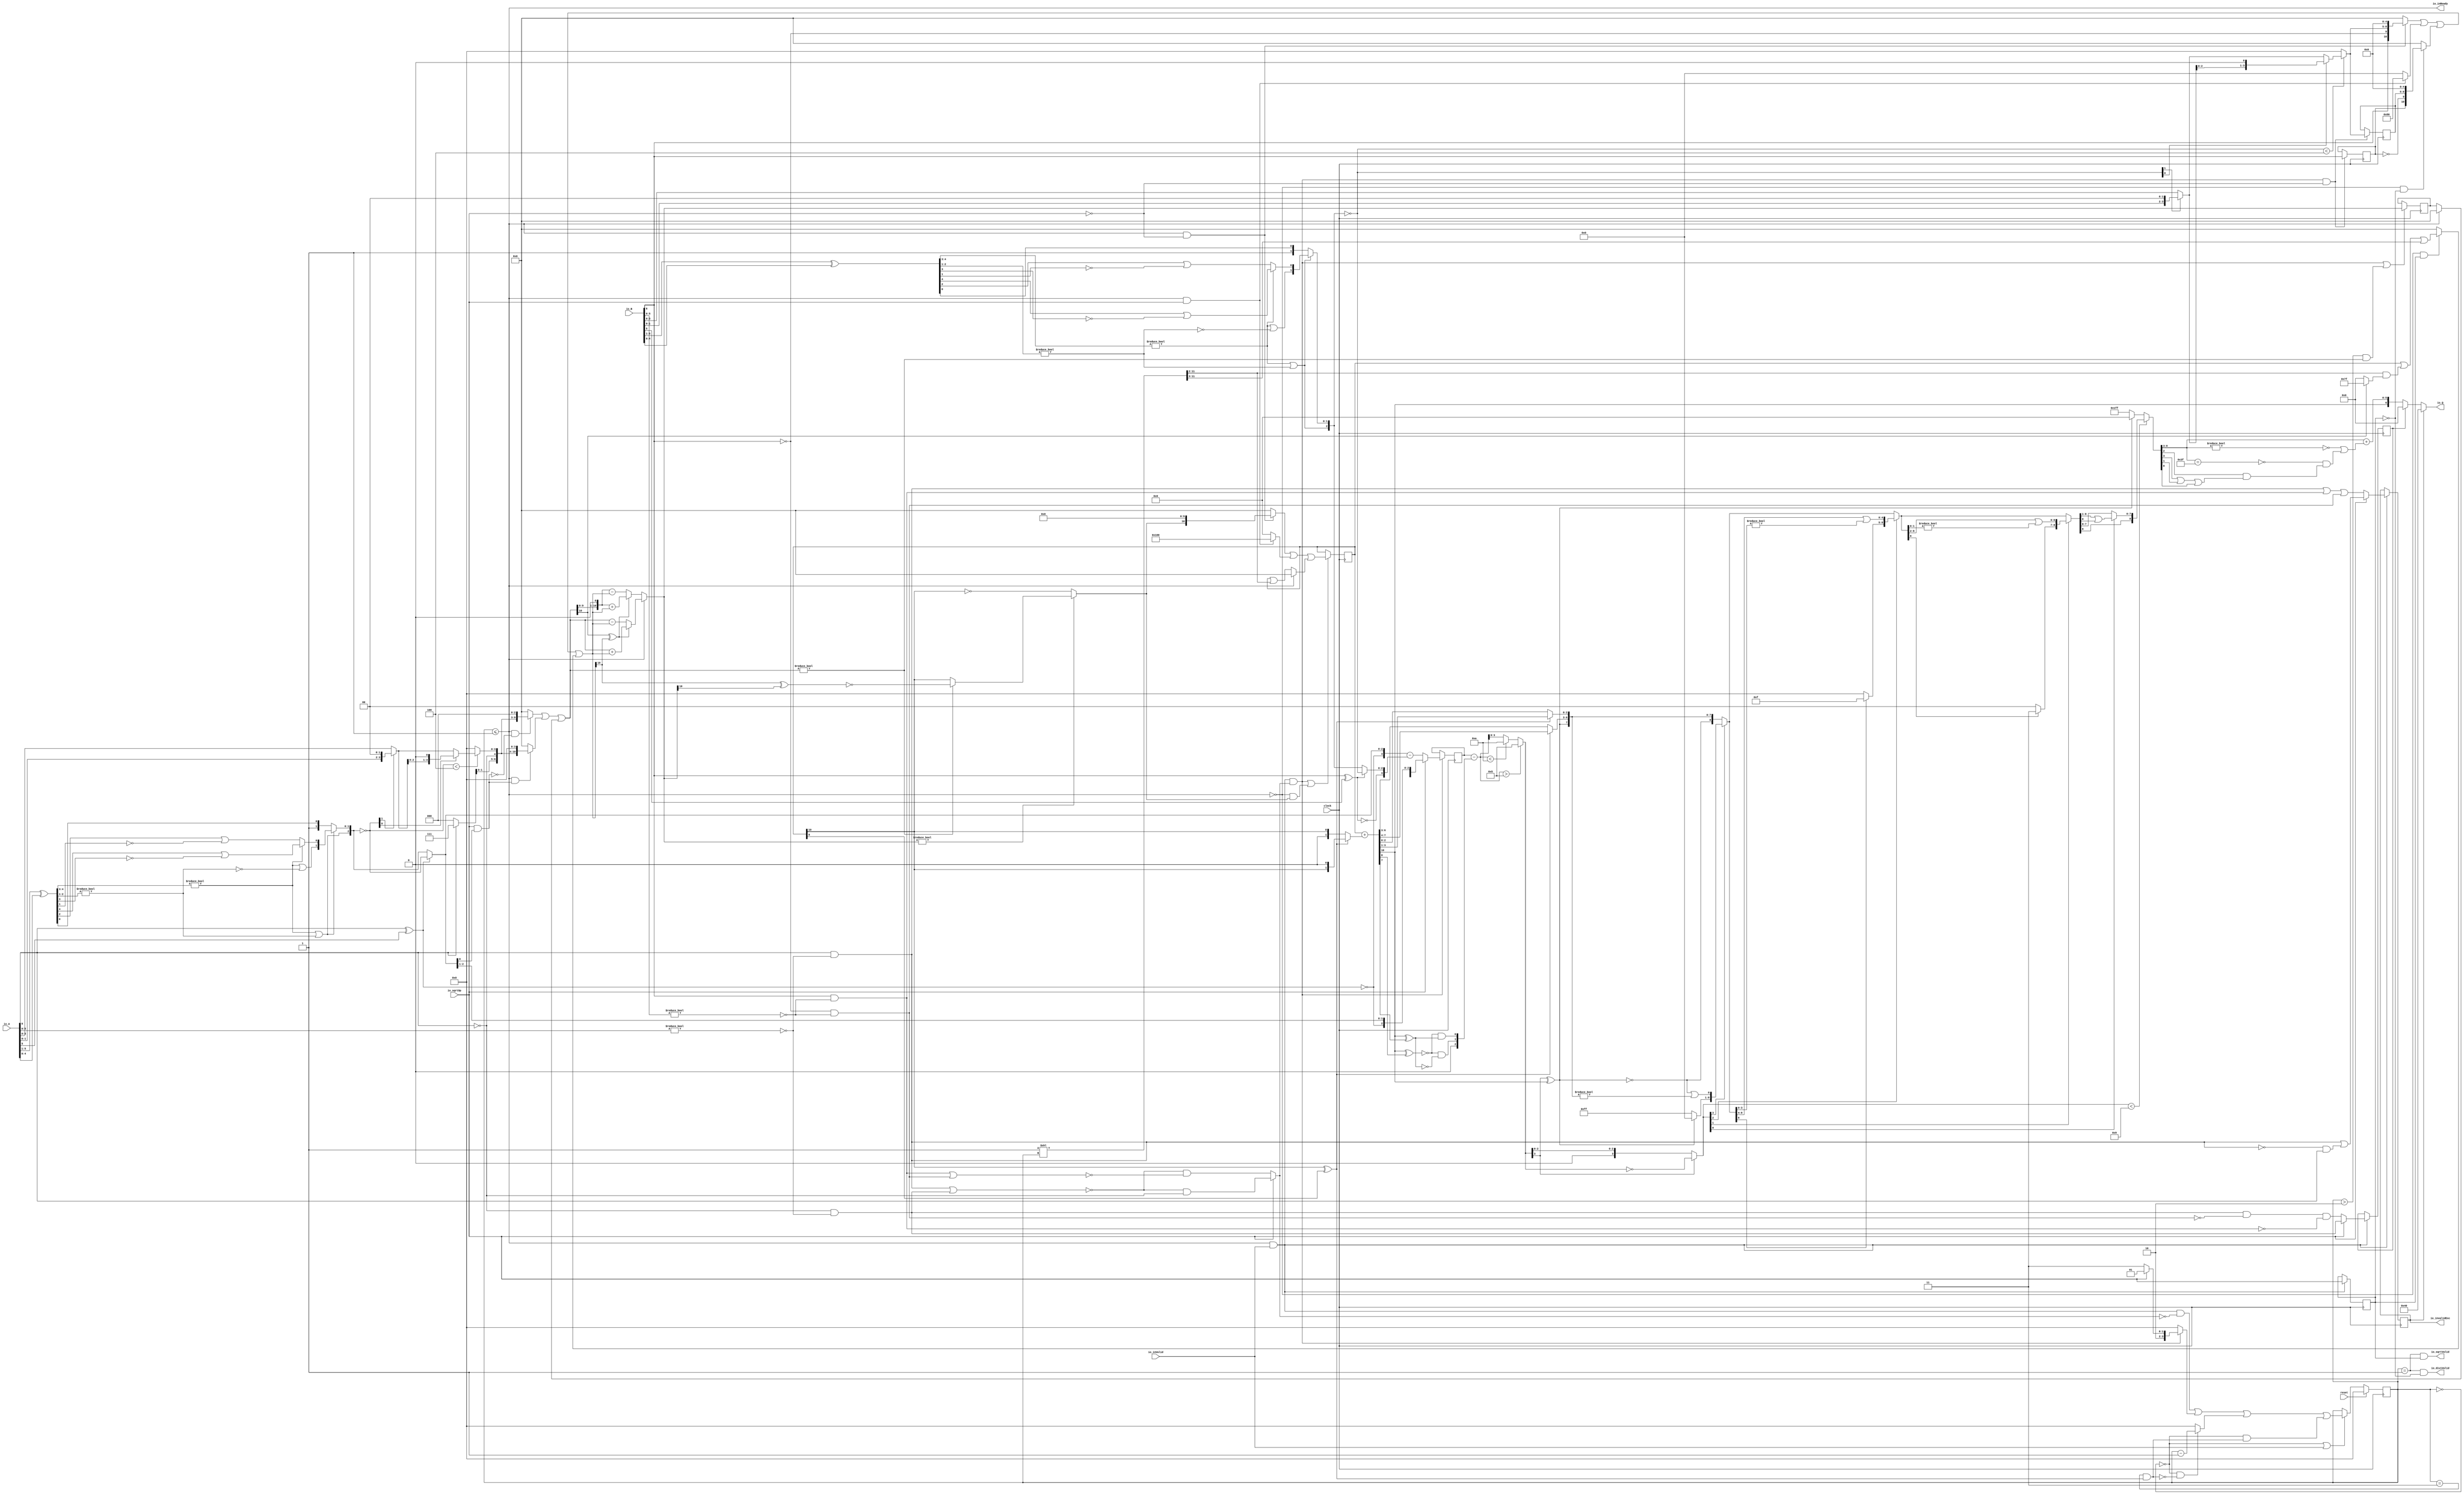
module PositDivSqrter7_0(
  input        clock,
  input        reset,
  output       io_inReady,
  input        io_inValid,
  input        io_sqrtOp,
  input  [6:0] io_A,
  input  [6:0] io_B,
  output       io_diviValid,
  output       io_sqrtValid,
  output       io_invalidExc,
  output [6:0] io_Q
);
  reg [3:0] cycleNum; // @[PositDivisionSqrt.scala 63:26]
  reg [31:0] _RAND_0;
  reg  sqrtOp_Z; // @[PositDivisionSqrt.scala 65:22]
  reg [31:0] _RAND_1;
  reg  isNaR_Z; // @[PositDivisionSqrt.scala 66:22]
  reg [31:0] _RAND_2;
  reg  isZero_Z; // @[PositDivisionSqrt.scala 67:22]
  reg [31:0] _RAND_3;
  reg [4:0] scale_Z; // @[PositDivisionSqrt.scala 68:22]
  reg [31:0] _RAND_4;
  reg  signB_Z; // @[PositDivisionSqrt.scala 69:28]
  reg [31:0] _RAND_5;
  reg [3:0] fractB_Z; // @[PositDivisionSqrt.scala 70:22]
  reg [31:0] _RAND_6;
  reg [10:0] rem_Z; // @[PositDivisionSqrt.scala 71:22]
  reg [31:0] _RAND_7;
  reg [10:0] sigX_Z; // @[PositDivisionSqrt.scala 72:22]
  reg [31:0] _RAND_8;
  wire  _T_1; // @[convert.scala 18:24]
  wire  _T_2; // @[convert.scala 18:40]
  wire  _T_3; // @[convert.scala 18:36]
  wire [4:0] _T_4; // @[convert.scala 19:24]
  wire [4:0] _T_5; // @[convert.scala 19:43]
  wire [4:0] _T_6; // @[convert.scala 19:39]
  wire [3:0] _T_7; // @[LZD.scala 43:32]
  wire [1:0] _T_8; // @[LZD.scala 43:32]
  wire  _T_9; // @[LZD.scala 39:14]
  wire  _T_10; // @[LZD.scala 39:21]
  wire  _T_11; // @[LZD.scala 39:30]
  wire  _T_12; // @[LZD.scala 39:27]
  wire  _T_13; // @[LZD.scala 39:25]
  wire [1:0] _T_14; // @[Cat.scala 29:58]
  wire [1:0] _T_15; // @[LZD.scala 44:32]
  wire  _T_16; // @[LZD.scala 39:14]
  wire  _T_17; // @[LZD.scala 39:21]
  wire  _T_18; // @[LZD.scala 39:30]
  wire  _T_19; // @[LZD.scala 39:27]
  wire  _T_20; // @[LZD.scala 39:25]
  wire [1:0] _T_21; // @[Cat.scala 29:58]
  wire  _T_22; // @[Shift.scala 12:21]
  wire  _T_23; // @[Shift.scala 12:21]
  wire  _T_24; // @[LZD.scala 49:16]
  wire  _T_25; // @[LZD.scala 49:27]
  wire  _T_26; // @[LZD.scala 49:25]
  wire  _T_27; // @[LZD.scala 49:47]
  wire  _T_28; // @[LZD.scala 49:59]
  wire  _T_29; // @[LZD.scala 49:35]
  wire [2:0] _T_31; // @[Cat.scala 29:58]
  wire  _T_32; // @[LZD.scala 44:32]
  wire  _T_34; // @[Shift.scala 12:21]
  wire [1:0] _T_36; // @[Cat.scala 29:58]
  wire [1:0] _T_37; // @[LZD.scala 55:32]
  wire [1:0] _T_38; // @[LZD.scala 55:20]
  wire [2:0] _T_39; // @[Cat.scala 29:58]
  wire [2:0] _T_40; // @[convert.scala 21:22]
  wire [3:0] _T_41; // @[convert.scala 22:36]
  wire  _T_42; // @[Shift.scala 16:24]
  wire [1:0] _T_43; // @[Shift.scala 17:37]
  wire  _T_44; // @[Shift.scala 12:21]
  wire [1:0] _T_45; // @[Shift.scala 64:52]
  wire [3:0] _T_47; // @[Cat.scala 29:58]
  wire [3:0] _T_48; // @[Shift.scala 64:27]
  wire  _T_49; // @[Shift.scala 66:70]
  wire [2:0] _T_51; // @[Shift.scala 64:52]
  wire [3:0] _T_52; // @[Cat.scala 29:58]
  wire [3:0] _T_53; // @[Shift.scala 64:27]
  wire [3:0] decA_fraction; // @[Shift.scala 16:10]
  wire  _T_57; // @[convert.scala 25:26]
  wire [2:0] _T_59; // @[convert.scala 25:42]
  wire [3:0] _T_60; // @[Cat.scala 29:58]
  wire [5:0] _T_62; // @[convert.scala 29:56]
  wire  _T_63; // @[convert.scala 29:60]
  wire  _T_64; // @[convert.scala 29:41]
  wire  decA_isNaR; // @[convert.scala 29:39]
  wire  _T_67; // @[convert.scala 30:19]
  wire  decA_isZero; // @[convert.scala 30:41]
  wire [3:0] decA_scale; // @[convert.scala 32:24]
  wire  _T_76; // @[convert.scala 18:24]
  wire  _T_77; // @[convert.scala 18:40]
  wire  _T_78; // @[convert.scala 18:36]
  wire [4:0] _T_79; // @[convert.scala 19:24]
  wire [4:0] _T_80; // @[convert.scala 19:43]
  wire [4:0] _T_81; // @[convert.scala 19:39]
  wire [3:0] _T_82; // @[LZD.scala 43:32]
  wire [1:0] _T_83; // @[LZD.scala 43:32]
  wire  _T_84; // @[LZD.scala 39:14]
  wire  _T_85; // @[LZD.scala 39:21]
  wire  _T_86; // @[LZD.scala 39:30]
  wire  _T_87; // @[LZD.scala 39:27]
  wire  _T_88; // @[LZD.scala 39:25]
  wire [1:0] _T_89; // @[Cat.scala 29:58]
  wire [1:0] _T_90; // @[LZD.scala 44:32]
  wire  _T_91; // @[LZD.scala 39:14]
  wire  _T_92; // @[LZD.scala 39:21]
  wire  _T_93; // @[LZD.scala 39:30]
  wire  _T_94; // @[LZD.scala 39:27]
  wire  _T_95; // @[LZD.scala 39:25]
  wire [1:0] _T_96; // @[Cat.scala 29:58]
  wire  _T_97; // @[Shift.scala 12:21]
  wire  _T_98; // @[Shift.scala 12:21]
  wire  _T_99; // @[LZD.scala 49:16]
  wire  _T_100; // @[LZD.scala 49:27]
  wire  _T_101; // @[LZD.scala 49:25]
  wire  _T_102; // @[LZD.scala 49:47]
  wire  _T_103; // @[LZD.scala 49:59]
  wire  _T_104; // @[LZD.scala 49:35]
  wire [2:0] _T_106; // @[Cat.scala 29:58]
  wire  _T_107; // @[LZD.scala 44:32]
  wire  _T_109; // @[Shift.scala 12:21]
  wire [1:0] _T_111; // @[Cat.scala 29:58]
  wire [1:0] _T_112; // @[LZD.scala 55:32]
  wire [1:0] _T_113; // @[LZD.scala 55:20]
  wire [2:0] _T_114; // @[Cat.scala 29:58]
  wire [2:0] _T_115; // @[convert.scala 21:22]
  wire [3:0] _T_116; // @[convert.scala 22:36]
  wire  _T_117; // @[Shift.scala 16:24]
  wire [1:0] _T_118; // @[Shift.scala 17:37]
  wire  _T_119; // @[Shift.scala 12:21]
  wire [1:0] _T_120; // @[Shift.scala 64:52]
  wire [3:0] _T_122; // @[Cat.scala 29:58]
  wire [3:0] _T_123; // @[Shift.scala 64:27]
  wire  _T_124; // @[Shift.scala 66:70]
  wire [2:0] _T_126; // @[Shift.scala 64:52]
  wire [3:0] _T_127; // @[Cat.scala 29:58]
  wire [3:0] _T_128; // @[Shift.scala 64:27]
  wire [3:0] decB_fraction; // @[Shift.scala 16:10]
  wire  _T_132; // @[convert.scala 25:26]
  wire [2:0] _T_134; // @[convert.scala 25:42]
  wire [3:0] _T_135; // @[Cat.scala 29:58]
  wire [5:0] _T_137; // @[convert.scala 29:56]
  wire  _T_138; // @[convert.scala 29:60]
  wire  _T_139; // @[convert.scala 29:41]
  wire  decB_isNaR; // @[convert.scala 29:39]
  wire  _T_142; // @[convert.scala 30:19]
  wire  decB_isZero; // @[convert.scala 30:41]
  wire [3:0] decB_scale; // @[convert.scala 32:24]
  wire [2:0] _T_151; // @[Bitwise.scala 71:12]
  wire  _T_152; // @[PositDivisionSqrt.scala 80:40]
  wire [10:0] sigA_S; // @[Cat.scala 29:58]
  wire  _T_155; // @[PositDivisionSqrt.scala 82:31]
  wire [10:0] sigB_S; // @[Cat.scala 29:58]
  wire  _T_158; // @[PositDivisionSqrt.scala 85:25]
  wire  invalidSqrt; // @[PositDivisionSqrt.scala 85:37]
  wire  _T_159; // @[PositDivisionSqrt.scala 88:42]
  wire  _T_160; // @[PositDivisionSqrt.scala 89:42]
  wire  _T_161; // @[PositDivisionSqrt.scala 89:56]
  wire  _T_162; // @[PositDivisionSqrt.scala 94:46]
  wire  _T_163; // @[PositDivisionSqrt.scala 94:43]
  wire  _T_164; // @[PositDivisionSqrt.scala 94:62]
  wire  _T_165; // @[PositDivisionSqrt.scala 94:59]
  wire  specialCaseA_S; // @[PositDivisionSqrt.scala 97:38]
  wire  specialCaseB_S; // @[PositDivisionSqrt.scala 98:38]
  wire  _T_166; // @[PositDivisionSqrt.scala 99:27]
  wire  _T_167; // @[PositDivisionSqrt.scala 99:46]
  wire  normalCase_S_div; // @[PositDivisionSqrt.scala 99:43]
  wire  normalCase_S_sqrt; // @[PositDivisionSqrt.scala 100:43]
  wire  normalCase_S; // @[PositDivisionSqrt.scala 101:30]
  wire [4:0] sExpQuot_S_div; // @[PositDivisionSqrt.scala 103:38]
  wire  _T_170; // @[PositDivisionSqrt.scala 104:50]
  wire  oddSqrt_S; // @[PositDivisionSqrt.scala 104:37]
  wire  idle; // @[PositDivisionSqrt.scala 109:39]
  wire  ready; // @[PositDivisionSqrt.scala 110:39]
  wire  entering; // @[PositDivisionSqrt.scala 111:35]
  wire  entering_normalCase; // @[PositDivisionSqrt.scala 112:38]
  wire  _T_171; // @[PositDivisionSqrt.scala 113:35]
  wire  _T_172; // @[PositDivisionSqrt.scala 113:58]
  wire  scaleNotChange; // @[PositDivisionSqrt.scala 113:50]
  wire  _T_173; // @[PositDivisionSqrt.scala 114:39]
  wire  skipCycle2; // @[PositDivisionSqrt.scala 114:48]
  wire  _T_174; // @[PositDivisionSqrt.scala 116:8]
  wire  _T_175; // @[PositDivisionSqrt.scala 116:14]
  wire  _T_176; // @[PositDivisionSqrt.scala 117:32]
  wire  _T_177; // @[PositDivisionSqrt.scala 117:30]
  wire [3:0] _T_179; // @[PositDivisionSqrt.scala 119:26]
  wire [3:0] _T_180; // @[PositDivisionSqrt.scala 118:20]
  wire [3:0] _GEN_9; // @[PositDivisionSqrt.scala 117:64]
  wire [3:0] _T_181; // @[PositDivisionSqrt.scala 117:64]
  wire  _T_183; // @[PositDivisionSqrt.scala 123:30]
  wire  _T_184; // @[PositDivisionSqrt.scala 123:27]
  wire [3:0] _T_186; // @[PositDivisionSqrt.scala 123:52]
  wire [3:0] _T_187; // @[PositDivisionSqrt.scala 123:20]
  wire [3:0] _T_188; // @[PositDivisionSqrt.scala 122:64]
  wire  _T_190; // @[PositDivisionSqrt.scala 124:27]
  wire [3:0] _GEN_10; // @[PositDivisionSqrt.scala 123:64]
  wire [3:0] _T_192; // @[PositDivisionSqrt.scala 123:64]
  wire [2:0] _T_193; // @[PositDivisionSqrt.scala 134:42]
  wire  _T_195; // @[PositDivisionSqrt.scala 137:31]
  wire  _T_196; // @[PositDivisionSqrt.scala 137:28]
  wire [15:0] _T_197; // @[PositDivisionSqrt.scala 146:22]
  wire [13:0] _T_198; // @[PositDivisionSqrt.scala 146:35]
  wire  _T_199; // @[PositDivisionSqrt.scala 148:26]
  wire  _T_200; // @[PositDivisionSqrt.scala 148:23]
  wire [10:0] _T_201; // @[PositDivisionSqrt.scala 148:16]
  wire  _T_202; // @[PositDivisionSqrt.scala 149:23]
  wire [11:0] _T_203; // @[PositDivisionSqrt.scala 149:46]
  wire [10:0] _T_204; // @[PositDivisionSqrt.scala 149:56]
  wire [10:0] _T_205; // @[PositDivisionSqrt.scala 149:16]
  wire [10:0] _T_206; // @[PositDivisionSqrt.scala 148:66]
  wire  _T_207; // @[PositDivisionSqrt.scala 150:17]
  wire [10:0] _T_208; // @[PositDivisionSqrt.scala 150:16]
  wire [10:0] rem; // @[PositDivisionSqrt.scala 149:66]
  wire  _T_210; // @[PositDivisionSqrt.scala 152:29]
  wire [10:0] _T_211; // @[PositDivisionSqrt.scala 152:22]
  wire  _T_212; // @[PositDivisionSqrt.scala 153:29]
  wire [7:0] _T_213; // @[PositDivisionSqrt.scala 153:22]
  wire [10:0] _GEN_11; // @[PositDivisionSqrt.scala 152:93]
  wire [10:0] _T_214; // @[PositDivisionSqrt.scala 152:93]
  wire  _T_216; // @[PositDivisionSqrt.scala 154:33]
  wire  _T_217; // @[PositDivisionSqrt.scala 154:30]
  wire  _T_218; // @[PositDivisionSqrt.scala 154:57]
  wire [10:0] _T_221; // @[Cat.scala 29:58]
  wire [10:0] _T_222; // @[PositDivisionSqrt.scala 154:22]
  wire [10:0] _T_223; // @[PositDivisionSqrt.scala 153:93]
  wire  _T_225; // @[PositDivisionSqrt.scala 155:30]
  wire  _T_226; // @[PositDivisionSqrt.scala 156:83]
  wire [6:0] _T_228; // @[Bitwise.scala 71:12]
  wire [9:0] bitMask; // @[PositDivisionSqrt.scala 145:21 PositDivisionSqrt.scala 146:14]
  wire [9:0] _GEN_12; // @[PositDivisionSqrt.scala 156:53]
  wire [9:0] _T_229; // @[PositDivisionSqrt.scala 156:53]
  wire [10:0] _GEN_13; // @[PositDivisionSqrt.scala 155:51]
  wire [10:0] _T_230; // @[PositDivisionSqrt.scala 155:51]
  wire [8:0] _T_231; // @[PositDivisionSqrt.scala 157:53]
  wire [10:0] _GEN_14; // @[PositDivisionSqrt.scala 156:89]
  wire [10:0] _T_232; // @[PositDivisionSqrt.scala 156:89]
  wire [10:0] _T_233; // @[PositDivisionSqrt.scala 155:22]
  wire [10:0] trialTerm; // @[PositDivisionSqrt.scala 154:93]
  wire  _T_235; // @[PositDivisionSqrt.scala 162:56]
  wire  _T_236; // @[PositDivisionSqrt.scala 162:40]
  wire [10:0] _T_239; // @[PositDivisionSqrt.scala 163:97]
  wire [10:0] _T_241; // @[PositDivisionSqrt.scala 164:97]
  wire [10:0] _T_242; // @[PositDivisionSqrt.scala 161:92]
  wire [11:0] _T_247; // @[PositDivisionSqrt.scala 168:98]
  wire [10:0] _T_248; // @[PositDivisionSqrt.scala 168:108]
  wire [10:0] _T_250; // @[PositDivisionSqrt.scala 168:112]
  wire [10:0] _T_254; // @[PositDivisionSqrt.scala 169:112]
  wire [10:0] _T_255; // @[PositDivisionSqrt.scala 166:26]
  wire [10:0] trialRem; // @[PositDivisionSqrt.scala 159:27]
  wire  _T_256; // @[PositDivisionSqrt.scala 173:35]
  wire  trIsZero; // @[PositDivisionSqrt.scala 173:25]
  wire  _T_257; // @[PositDivisionSqrt.scala 174:30]
  wire  remIsZero; // @[PositDivisionSqrt.scala 174:25]
  wire  _T_259; // @[PositDivisionSqrt.scala 176:64]
  wire  _T_260; // @[PositDivisionSqrt.scala 176:49]
  wire  _T_261; // @[PositDivisionSqrt.scala 176:29]
  wire  _T_262; // @[PositDivisionSqrt.scala 178:61]
  wire  _T_263; // @[PositDivisionSqrt.scala 178:49]
  wire  _T_265; // @[Mux.scala 87:16]
  wire  newBit; // @[Mux.scala 87:16]
  wire  _T_266; // @[PositDivisionSqrt.scala 183:41]
  wire  _T_267; // @[PositDivisionSqrt.scala 183:51]
  wire  _T_268; // @[PositDivisionSqrt.scala 183:48]
  wire  _T_269; // @[PositDivisionSqrt.scala 183:28]
  wire  _T_272; // @[PositDivisionSqrt.scala 187:39]
  wire  _T_273; // @[PositDivisionSqrt.scala 187:28]
  wire [10:0] _T_276; // @[PositDivisionSqrt.scala 188:47]
  wire [10:0] _T_277; // @[PositDivisionSqrt.scala 188:18]
  wire [8:0] _T_279; // @[PositDivisionSqrt.scala 189:18]
  wire [10:0] _GEN_15; // @[PositDivisionSqrt.scala 188:78]
  wire [10:0] _T_280; // @[PositDivisionSqrt.scala 188:78]
  wire [10:0] _GEN_16; // @[PositDivisionSqrt.scala 190:47]
  wire [10:0] _T_282; // @[PositDivisionSqrt.scala 190:47]
  wire [10:0] _T_283; // @[PositDivisionSqrt.scala 190:18]
  wire [10:0] _T_284; // @[PositDivisionSqrt.scala 189:78]
  wire [1:0] _T_286; // @[PositDivisionSqrt.scala 196:53]
  wire [1:0] sigXBias; // @[PositDivisionSqrt.scala 196:21]
  wire [10:0] _GEN_17; // @[PositDivisionSqrt.scala 197:25]
  wire [10:0] realSigX; // @[PositDivisionSqrt.scala 197:25]
  wire [3:0] _T_289; // @[PositDivisionSqrt.scala 200:97]
  wire [3:0] _T_290; // @[PositDivisionSqrt.scala 201:97]
  wire [3:0] realFrac; // @[PositDivisionSqrt.scala 198:21]
  wire  _T_291; // @[PositDivisionSqrt.scala 205:33]
  wire  _T_292; // @[PositDivisionSqrt.scala 205:58]
  wire  _T_293; // @[PositDivisionSqrt.scala 205:48]
  wire  scaleNeedSub; // @[PositDivisionSqrt.scala 205:23]
  wire  _T_295; // @[PositDivisionSqrt.scala 206:56]
  wire  notNeedSubTwo; // @[PositDivisionSqrt.scala 206:46]
  wire  scaleSubOne; // @[PositDivisionSqrt.scala 207:36]
  wire  _T_296; // @[PositDivisionSqrt.scala 208:38]
  wire  scaleSubTwo; // @[PositDivisionSqrt.scala 208:36]
  wire [1:0] _T_297; // @[Cat.scala 29:58]
  wire [2:0] _T_298; // @[PositDivisionSqrt.scala 209:63]
  wire [4:0] _GEN_18; // @[PositDivisionSqrt.scala 209:31]
  wire [4:0] _T_300; // @[PositDivisionSqrt.scala 209:31]
  wire [4:0] realExp; // @[PositDivisionSqrt.scala 209:31]
  wire  underflow; // @[PositDivisionSqrt.scala 210:31]
  wire  overflow; // @[PositDivisionSqrt.scala 211:31]
  wire  decQ_sign; // @[PositDivisionSqrt.scala 215:33]
  wire [4:0] _T_302; // @[Mux.scala 87:16]
  wire [4:0] _T_303; // @[Mux.scala 87:16]
  wire [2:0] _T_304; // @[PositDivisionSqrt.scala 224:48]
  wire [2:0] _T_305; // @[PositDivisionSqrt.scala 224:64]
  wire [2:0] decQ_grs; // @[PositDivisionSqrt.scala 224:23]
  wire  outValid; // @[PositDivisionSqrt.scala 229:28]
  wire [3:0] _GEN_19; // @[PositDivisionSqrt.scala 204:27 PositDivisionSqrt.scala 216:23]
  wire [3:0] decQ_scale; // @[PositDivisionSqrt.scala 204:27 PositDivisionSqrt.scala 216:23]
  wire  _T_312; // @[convert.scala 49:36]
  wire [3:0] _T_314; // @[convert.scala 50:36]
  wire [3:0] _T_315; // @[convert.scala 50:36]
  wire [3:0] _T_316; // @[convert.scala 50:28]
  wire  _T_317; // @[convert.scala 51:31]
  wire  _T_318; // @[convert.scala 53:34]
  wire [8:0] _T_321; // @[Cat.scala 29:58]
  wire [3:0] _T_322; // @[Shift.scala 39:17]
  wire  _T_323; // @[Shift.scala 39:24]
  wire  _T_325; // @[Shift.scala 90:30]
  wire [7:0] _T_326; // @[Shift.scala 90:48]
  wire  _T_327; // @[Shift.scala 90:57]
  wire  _T_328; // @[Shift.scala 90:39]
  wire  _T_329; // @[Shift.scala 12:21]
  wire  _T_330; // @[Shift.scala 12:21]
  wire [7:0] _T_332; // @[Bitwise.scala 71:12]
  wire [8:0] _T_333; // @[Cat.scala 29:58]
  wire [8:0] _T_334; // @[Shift.scala 91:22]
  wire [2:0] _T_335; // @[Shift.scala 92:77]
  wire [4:0] _T_336; // @[Shift.scala 90:30]
  wire [3:0] _T_337; // @[Shift.scala 90:48]
  wire  _T_338; // @[Shift.scala 90:57]
  wire [4:0] _GEN_20; // @[Shift.scala 90:39]
  wire [4:0] _T_339; // @[Shift.scala 90:39]
  wire  _T_340; // @[Shift.scala 12:21]
  wire  _T_341; // @[Shift.scala 12:21]
  wire [3:0] _T_343; // @[Bitwise.scala 71:12]
  wire [8:0] _T_344; // @[Cat.scala 29:58]
  wire [8:0] _T_345; // @[Shift.scala 91:22]
  wire [1:0] _T_346; // @[Shift.scala 92:77]
  wire [6:0] _T_347; // @[Shift.scala 90:30]
  wire [1:0] _T_348; // @[Shift.scala 90:48]
  wire  _T_349; // @[Shift.scala 90:57]
  wire [6:0] _GEN_21; // @[Shift.scala 90:39]
  wire [6:0] _T_350; // @[Shift.scala 90:39]
  wire  _T_351; // @[Shift.scala 12:21]
  wire  _T_352; // @[Shift.scala 12:21]
  wire [1:0] _T_354; // @[Bitwise.scala 71:12]
  wire [8:0] _T_355; // @[Cat.scala 29:58]
  wire [8:0] _T_356; // @[Shift.scala 91:22]
  wire  _T_357; // @[Shift.scala 92:77]
  wire [7:0] _T_358; // @[Shift.scala 90:30]
  wire  _T_359; // @[Shift.scala 90:48]
  wire [7:0] _GEN_22; // @[Shift.scala 90:39]
  wire [7:0] _T_361; // @[Shift.scala 90:39]
  wire  _T_363; // @[Shift.scala 12:21]
  wire [8:0] _T_364; // @[Cat.scala 29:58]
  wire [8:0] _T_365; // @[Shift.scala 91:22]
  wire [8:0] _T_368; // @[Bitwise.scala 71:12]
  wire [8:0] _T_369; // @[Shift.scala 39:10]
  wire  _T_370; // @[convert.scala 55:31]
  wire  _T_371; // @[convert.scala 56:31]
  wire  _T_372; // @[convert.scala 57:31]
  wire  _T_373; // @[convert.scala 58:31]
  wire [5:0] _T_374; // @[convert.scala 59:69]
  wire  _T_375; // @[convert.scala 59:81]
  wire  _T_376; // @[convert.scala 59:50]
  wire  _T_378; // @[convert.scala 60:81]
  wire  _T_379; // @[convert.scala 61:44]
  wire  _T_380; // @[convert.scala 61:52]
  wire  _T_381; // @[convert.scala 61:36]
  wire  _T_382; // @[convert.scala 62:63]
  wire  _T_383; // @[convert.scala 62:103]
  wire  _T_384; // @[convert.scala 62:60]
  wire [5:0] _GEN_23; // @[convert.scala 63:56]
  wire [5:0] _T_387; // @[convert.scala 63:56]
  wire [6:0] _T_388; // @[Cat.scala 29:58]
  wire [6:0] _T_390; // @[Mux.scala 87:16]
  assign _T_1 = io_A[6]; // @[convert.scala 18:24]
  assign _T_2 = io_A[5]; // @[convert.scala 18:40]
  assign _T_3 = _T_1 ^ _T_2; // @[convert.scala 18:36]
  assign _T_4 = io_A[5:1]; // @[convert.scala 19:24]
  assign _T_5 = io_A[4:0]; // @[convert.scala 19:43]
  assign _T_6 = _T_4 ^ _T_5; // @[convert.scala 19:39]
  assign _T_7 = _T_6[4:1]; // @[LZD.scala 43:32]
  assign _T_8 = _T_7[3:2]; // @[LZD.scala 43:32]
  assign _T_9 = _T_8 != 2'h0; // @[LZD.scala 39:14]
  assign _T_10 = _T_8[1]; // @[LZD.scala 39:21]
  assign _T_11 = _T_8[0]; // @[LZD.scala 39:30]
  assign _T_12 = ~ _T_11; // @[LZD.scala 39:27]
  assign _T_13 = _T_10 | _T_12; // @[LZD.scala 39:25]
  assign _T_14 = {_T_9,_T_13}; // @[Cat.scala 29:58]
  assign _T_15 = _T_7[1:0]; // @[LZD.scala 44:32]
  assign _T_16 = _T_15 != 2'h0; // @[LZD.scala 39:14]
  assign _T_17 = _T_15[1]; // @[LZD.scala 39:21]
  assign _T_18 = _T_15[0]; // @[LZD.scala 39:30]
  assign _T_19 = ~ _T_18; // @[LZD.scala 39:27]
  assign _T_20 = _T_17 | _T_19; // @[LZD.scala 39:25]
  assign _T_21 = {_T_16,_T_20}; // @[Cat.scala 29:58]
  assign _T_22 = _T_14[1]; // @[Shift.scala 12:21]
  assign _T_23 = _T_21[1]; // @[Shift.scala 12:21]
  assign _T_24 = _T_22 | _T_23; // @[LZD.scala 49:16]
  assign _T_25 = ~ _T_23; // @[LZD.scala 49:27]
  assign _T_26 = _T_22 | _T_25; // @[LZD.scala 49:25]
  assign _T_27 = _T_14[0:0]; // @[LZD.scala 49:47]
  assign _T_28 = _T_21[0:0]; // @[LZD.scala 49:59]
  assign _T_29 = _T_22 ? _T_27 : _T_28; // @[LZD.scala 49:35]
  assign _T_31 = {_T_24,_T_26,_T_29}; // @[Cat.scala 29:58]
  assign _T_32 = _T_6[0:0]; // @[LZD.scala 44:32]
  assign _T_34 = _T_31[2]; // @[Shift.scala 12:21]
  assign _T_36 = {1'h1,_T_32}; // @[Cat.scala 29:58]
  assign _T_37 = _T_31[1:0]; // @[LZD.scala 55:32]
  assign _T_38 = _T_34 ? _T_37 : _T_36; // @[LZD.scala 55:20]
  assign _T_39 = {_T_34,_T_38}; // @[Cat.scala 29:58]
  assign _T_40 = ~ _T_39; // @[convert.scala 21:22]
  assign _T_41 = io_A[3:0]; // @[convert.scala 22:36]
  assign _T_42 = _T_40 < 3'h4; // @[Shift.scala 16:24]
  assign _T_43 = _T_40[1:0]; // @[Shift.scala 17:37]
  assign _T_44 = _T_43[1]; // @[Shift.scala 12:21]
  assign _T_45 = _T_41[1:0]; // @[Shift.scala 64:52]
  assign _T_47 = {_T_45,2'h0}; // @[Cat.scala 29:58]
  assign _T_48 = _T_44 ? _T_47 : _T_41; // @[Shift.scala 64:27]
  assign _T_49 = _T_43[0:0]; // @[Shift.scala 66:70]
  assign _T_51 = _T_48[2:0]; // @[Shift.scala 64:52]
  assign _T_52 = {_T_51,1'h0}; // @[Cat.scala 29:58]
  assign _T_53 = _T_49 ? _T_52 : _T_48; // @[Shift.scala 64:27]
  assign decA_fraction = _T_42 ? _T_53 : 4'h0; // @[Shift.scala 16:10]
  assign _T_57 = _T_3 == 1'h0; // @[convert.scala 25:26]
  assign _T_59 = _T_3 ? _T_40 : _T_39; // @[convert.scala 25:42]
  assign _T_60 = {_T_57,_T_59}; // @[Cat.scala 29:58]
  assign _T_62 = io_A[5:0]; // @[convert.scala 29:56]
  assign _T_63 = _T_62 != 6'h0; // @[convert.scala 29:60]
  assign _T_64 = ~ _T_63; // @[convert.scala 29:41]
  assign decA_isNaR = _T_1 & _T_64; // @[convert.scala 29:39]
  assign _T_67 = _T_1 == 1'h0; // @[convert.scala 30:19]
  assign decA_isZero = _T_67 & _T_64; // @[convert.scala 30:41]
  assign decA_scale = $signed(_T_60); // @[convert.scala 32:24]
  assign _T_76 = io_B[6]; // @[convert.scala 18:24]
  assign _T_77 = io_B[5]; // @[convert.scala 18:40]
  assign _T_78 = _T_76 ^ _T_77; // @[convert.scala 18:36]
  assign _T_79 = io_B[5:1]; // @[convert.scala 19:24]
  assign _T_80 = io_B[4:0]; // @[convert.scala 19:43]
  assign _T_81 = _T_79 ^ _T_80; // @[convert.scala 19:39]
  assign _T_82 = _T_81[4:1]; // @[LZD.scala 43:32]
  assign _T_83 = _T_82[3:2]; // @[LZD.scala 43:32]
  assign _T_84 = _T_83 != 2'h0; // @[LZD.scala 39:14]
  assign _T_85 = _T_83[1]; // @[LZD.scala 39:21]
  assign _T_86 = _T_83[0]; // @[LZD.scala 39:30]
  assign _T_87 = ~ _T_86; // @[LZD.scala 39:27]
  assign _T_88 = _T_85 | _T_87; // @[LZD.scala 39:25]
  assign _T_89 = {_T_84,_T_88}; // @[Cat.scala 29:58]
  assign _T_90 = _T_82[1:0]; // @[LZD.scala 44:32]
  assign _T_91 = _T_90 != 2'h0; // @[LZD.scala 39:14]
  assign _T_92 = _T_90[1]; // @[LZD.scala 39:21]
  assign _T_93 = _T_90[0]; // @[LZD.scala 39:30]
  assign _T_94 = ~ _T_93; // @[LZD.scala 39:27]
  assign _T_95 = _T_92 | _T_94; // @[LZD.scala 39:25]
  assign _T_96 = {_T_91,_T_95}; // @[Cat.scala 29:58]
  assign _T_97 = _T_89[1]; // @[Shift.scala 12:21]
  assign _T_98 = _T_96[1]; // @[Shift.scala 12:21]
  assign _T_99 = _T_97 | _T_98; // @[LZD.scala 49:16]
  assign _T_100 = ~ _T_98; // @[LZD.scala 49:27]
  assign _T_101 = _T_97 | _T_100; // @[LZD.scala 49:25]
  assign _T_102 = _T_89[0:0]; // @[LZD.scala 49:47]
  assign _T_103 = _T_96[0:0]; // @[LZD.scala 49:59]
  assign _T_104 = _T_97 ? _T_102 : _T_103; // @[LZD.scala 49:35]
  assign _T_106 = {_T_99,_T_101,_T_104}; // @[Cat.scala 29:58]
  assign _T_107 = _T_81[0:0]; // @[LZD.scala 44:32]
  assign _T_109 = _T_106[2]; // @[Shift.scala 12:21]
  assign _T_111 = {1'h1,_T_107}; // @[Cat.scala 29:58]
  assign _T_112 = _T_106[1:0]; // @[LZD.scala 55:32]
  assign _T_113 = _T_109 ? _T_112 : _T_111; // @[LZD.scala 55:20]
  assign _T_114 = {_T_109,_T_113}; // @[Cat.scala 29:58]
  assign _T_115 = ~ _T_114; // @[convert.scala 21:22]
  assign _T_116 = io_B[3:0]; // @[convert.scala 22:36]
  assign _T_117 = _T_115 < 3'h4; // @[Shift.scala 16:24]
  assign _T_118 = _T_115[1:0]; // @[Shift.scala 17:37]
  assign _T_119 = _T_118[1]; // @[Shift.scala 12:21]
  assign _T_120 = _T_116[1:0]; // @[Shift.scala 64:52]
  assign _T_122 = {_T_120,2'h0}; // @[Cat.scala 29:58]
  assign _T_123 = _T_119 ? _T_122 : _T_116; // @[Shift.scala 64:27]
  assign _T_124 = _T_118[0:0]; // @[Shift.scala 66:70]
  assign _T_126 = _T_123[2:0]; // @[Shift.scala 64:52]
  assign _T_127 = {_T_126,1'h0}; // @[Cat.scala 29:58]
  assign _T_128 = _T_124 ? _T_127 : _T_123; // @[Shift.scala 64:27]
  assign decB_fraction = _T_117 ? _T_128 : 4'h0; // @[Shift.scala 16:10]
  assign _T_132 = _T_78 == 1'h0; // @[convert.scala 25:26]
  assign _T_134 = _T_78 ? _T_115 : _T_114; // @[convert.scala 25:42]
  assign _T_135 = {_T_132,_T_134}; // @[Cat.scala 29:58]
  assign _T_137 = io_B[5:0]; // @[convert.scala 29:56]
  assign _T_138 = _T_137 != 6'h0; // @[convert.scala 29:60]
  assign _T_139 = ~ _T_138; // @[convert.scala 29:41]
  assign decB_isNaR = _T_76 & _T_139; // @[convert.scala 29:39]
  assign _T_142 = _T_76 == 1'h0; // @[convert.scala 30:19]
  assign decB_isZero = _T_142 & _T_139; // @[convert.scala 30:41]
  assign decB_scale = $signed(_T_135); // @[convert.scala 32:24]
  assign _T_151 = _T_1 ? 3'h7 : 3'h0; // @[Bitwise.scala 71:12]
  assign _T_152 = ~ _T_1; // @[PositDivisionSqrt.scala 80:40]
  assign sigA_S = {_T_151,_T_152,decA_fraction,3'h0}; // @[Cat.scala 29:58]
  assign _T_155 = ~ _T_76; // @[PositDivisionSqrt.scala 82:31]
  assign sigB_S = {_T_76,_T_155,decB_fraction,5'h0}; // @[Cat.scala 29:58]
  assign _T_158 = decA_isNaR == 1'h0; // @[PositDivisionSqrt.scala 85:25]
  assign invalidSqrt = _T_158 & _T_1; // @[PositDivisionSqrt.scala 85:37]
  assign _T_159 = decA_isNaR | invalidSqrt; // @[PositDivisionSqrt.scala 88:42]
  assign _T_160 = decA_isNaR | decB_isNaR; // @[PositDivisionSqrt.scala 89:42]
  assign _T_161 = _T_160 | decB_isZero; // @[PositDivisionSqrt.scala 89:56]
  assign _T_162 = decB_isZero == 1'h0; // @[PositDivisionSqrt.scala 94:46]
  assign _T_163 = decA_isZero & _T_162; // @[PositDivisionSqrt.scala 94:43]
  assign _T_164 = decB_isNaR == 1'h0; // @[PositDivisionSqrt.scala 94:62]
  assign _T_165 = _T_163 & _T_164; // @[PositDivisionSqrt.scala 94:59]
  assign specialCaseA_S = decA_isNaR | decA_isZero; // @[PositDivisionSqrt.scala 97:38]
  assign specialCaseB_S = decB_isNaR | decB_isZero; // @[PositDivisionSqrt.scala 98:38]
  assign _T_166 = specialCaseA_S == 1'h0; // @[PositDivisionSqrt.scala 99:27]
  assign _T_167 = specialCaseB_S == 1'h0; // @[PositDivisionSqrt.scala 99:46]
  assign normalCase_S_div = _T_166 & _T_167; // @[PositDivisionSqrt.scala 99:43]
  assign normalCase_S_sqrt = _T_166 & _T_67; // @[PositDivisionSqrt.scala 100:43]
  assign normalCase_S = io_sqrtOp ? normalCase_S_sqrt : normalCase_S_div; // @[PositDivisionSqrt.scala 101:30]
  assign sExpQuot_S_div = $signed(decA_scale) - $signed(decB_scale); // @[PositDivisionSqrt.scala 103:38]
  assign _T_170 = decA_scale[0]; // @[PositDivisionSqrt.scala 104:50]
  assign oddSqrt_S = io_sqrtOp & _T_170; // @[PositDivisionSqrt.scala 104:37]
  assign idle = cycleNum == 4'h0; // @[PositDivisionSqrt.scala 109:39]
  assign ready = cycleNum <= 4'h1; // @[PositDivisionSqrt.scala 110:39]
  assign entering = ready & io_inValid; // @[PositDivisionSqrt.scala 111:35]
  assign entering_normalCase = entering & normalCase_S; // @[PositDivisionSqrt.scala 112:38]
  assign _T_171 = sigX_Z[10]; // @[PositDivisionSqrt.scala 113:35]
  assign _T_172 = sigX_Z[8]; // @[PositDivisionSqrt.scala 113:58]
  assign scaleNotChange = _T_171 ^ _T_172; // @[PositDivisionSqrt.scala 113:50]
  assign _T_173 = cycleNum == 4'h3; // @[PositDivisionSqrt.scala 114:39]
  assign skipCycle2 = _T_173 & scaleNotChange; // @[PositDivisionSqrt.scala 114:48]
  assign _T_174 = idle == 1'h0; // @[PositDivisionSqrt.scala 116:8]
  assign _T_175 = _T_174 | io_inValid; // @[PositDivisionSqrt.scala 116:14]
  assign _T_176 = normalCase_S == 1'h0; // @[PositDivisionSqrt.scala 117:32]
  assign _T_177 = entering & _T_176; // @[PositDivisionSqrt.scala 117:30]
  assign _T_179 = io_sqrtOp ? 4'h9 : 4'hb; // @[PositDivisionSqrt.scala 119:26]
  assign _T_180 = entering_normalCase ? _T_179 : 4'h0; // @[PositDivisionSqrt.scala 118:20]
  assign _GEN_9 = {{3'd0}, _T_177}; // @[PositDivisionSqrt.scala 117:64]
  assign _T_181 = _GEN_9 | _T_180; // @[PositDivisionSqrt.scala 117:64]
  assign _T_183 = skipCycle2 == 1'h0; // @[PositDivisionSqrt.scala 123:30]
  assign _T_184 = _T_174 & _T_183; // @[PositDivisionSqrt.scala 123:27]
  assign _T_186 = cycleNum - 4'h1; // @[PositDivisionSqrt.scala 123:52]
  assign _T_187 = _T_184 ? _T_186 : 4'h0; // @[PositDivisionSqrt.scala 123:20]
  assign _T_188 = _T_181 | _T_187; // @[PositDivisionSqrt.scala 122:64]
  assign _T_190 = _T_174 & skipCycle2; // @[PositDivisionSqrt.scala 124:27]
  assign _GEN_10 = {{3'd0}, _T_190}; // @[PositDivisionSqrt.scala 123:64]
  assign _T_192 = _T_188 | _GEN_10; // @[PositDivisionSqrt.scala 123:64]
  assign _T_193 = decA_scale[3:1]; // @[PositDivisionSqrt.scala 134:42]
  assign _T_195 = io_sqrtOp == 1'h0; // @[PositDivisionSqrt.scala 137:31]
  assign _T_196 = entering_normalCase & _T_195; // @[PositDivisionSqrt.scala 137:28]
  assign _T_197 = 16'h1 << cycleNum; // @[PositDivisionSqrt.scala 146:22]
  assign _T_198 = _T_197[15:2]; // @[PositDivisionSqrt.scala 146:35]
  assign _T_199 = oddSqrt_S == 1'h0; // @[PositDivisionSqrt.scala 148:26]
  assign _T_200 = ready & _T_199; // @[PositDivisionSqrt.scala 148:23]
  assign _T_201 = _T_200 ? sigA_S : 11'h0; // @[PositDivisionSqrt.scala 148:16]
  assign _T_202 = ready & oddSqrt_S; // @[PositDivisionSqrt.scala 149:23]
  assign _T_203 = {sigA_S, 1'h0}; // @[PositDivisionSqrt.scala 149:46]
  assign _T_204 = _T_203[10:0]; // @[PositDivisionSqrt.scala 149:56]
  assign _T_205 = _T_202 ? _T_204 : 11'h0; // @[PositDivisionSqrt.scala 149:16]
  assign _T_206 = _T_201 | _T_205; // @[PositDivisionSqrt.scala 148:66]
  assign _T_207 = ready == 1'h0; // @[PositDivisionSqrt.scala 150:17]
  assign _T_208 = _T_207 ? rem_Z : 11'h0; // @[PositDivisionSqrt.scala 150:16]
  assign rem = _T_206 | _T_208; // @[PositDivisionSqrt.scala 149:66]
  assign _T_210 = ready & _T_195; // @[PositDivisionSqrt.scala 152:29]
  assign _T_211 = _T_210 ? sigB_S : 11'h0; // @[PositDivisionSqrt.scala 152:22]
  assign _T_212 = ready & io_sqrtOp; // @[PositDivisionSqrt.scala 153:29]
  assign _T_213 = _T_212 ? 8'h80 : 8'h0; // @[PositDivisionSqrt.scala 153:22]
  assign _GEN_11 = {{3'd0}, _T_213}; // @[PositDivisionSqrt.scala 152:93]
  assign _T_214 = _T_211 | _GEN_11; // @[PositDivisionSqrt.scala 152:93]
  assign _T_216 = sqrtOp_Z == 1'h0; // @[PositDivisionSqrt.scala 154:33]
  assign _T_217 = _T_207 & _T_216; // @[PositDivisionSqrt.scala 154:30]
  assign _T_218 = ~ signB_Z; // @[PositDivisionSqrt.scala 154:57]
  assign _T_221 = {signB_Z,_T_218,fractB_Z,5'h0}; // @[Cat.scala 29:58]
  assign _T_222 = _T_217 ? _T_221 : 11'h0; // @[PositDivisionSqrt.scala 154:22]
  assign _T_223 = _T_214 | _T_222; // @[PositDivisionSqrt.scala 153:93]
  assign _T_225 = _T_207 & sqrtOp_Z; // @[PositDivisionSqrt.scala 155:30]
  assign _T_226 = rem[10:10]; // @[PositDivisionSqrt.scala 156:83]
  assign _T_228 = _T_226 ? 7'h7f : 7'h0; // @[Bitwise.scala 71:12]
  assign bitMask = _T_198[9:0]; // @[PositDivisionSqrt.scala 145:21 PositDivisionSqrt.scala 146:14]
  assign _GEN_12 = {{3'd0}, _T_228}; // @[PositDivisionSqrt.scala 156:53]
  assign _T_229 = bitMask & _GEN_12; // @[PositDivisionSqrt.scala 156:53]
  assign _GEN_13 = {{1'd0}, _T_229}; // @[PositDivisionSqrt.scala 155:51]
  assign _T_230 = sigX_Z | _GEN_13; // @[PositDivisionSqrt.scala 155:51]
  assign _T_231 = bitMask[9:1]; // @[PositDivisionSqrt.scala 157:53]
  assign _GEN_14 = {{2'd0}, _T_231}; // @[PositDivisionSqrt.scala 156:89]
  assign _T_232 = _T_230 | _GEN_14; // @[PositDivisionSqrt.scala 156:89]
  assign _T_233 = _T_225 ? _T_232 : 11'h0; // @[PositDivisionSqrt.scala 155:22]
  assign trialTerm = _T_223 | _T_233; // @[PositDivisionSqrt.scala 154:93]
  assign _T_235 = trialTerm[10:10]; // @[PositDivisionSqrt.scala 162:56]
  assign _T_236 = _T_226 ^ _T_235; // @[PositDivisionSqrt.scala 162:40]
  assign _T_239 = rem + trialTerm; // @[PositDivisionSqrt.scala 163:97]
  assign _T_241 = rem - trialTerm; // @[PositDivisionSqrt.scala 164:97]
  assign _T_242 = _T_236 ? _T_239 : _T_241; // @[PositDivisionSqrt.scala 161:92]
  assign _T_247 = {rem, 1'h0}; // @[PositDivisionSqrt.scala 168:98]
  assign _T_248 = _T_247[10:0]; // @[PositDivisionSqrt.scala 168:108]
  assign _T_250 = _T_248 + trialTerm; // @[PositDivisionSqrt.scala 168:112]
  assign _T_254 = _T_248 - trialTerm; // @[PositDivisionSqrt.scala 169:112]
  assign _T_255 = _T_236 ? _T_250 : _T_254; // @[PositDivisionSqrt.scala 166:26]
  assign trialRem = ready ? _T_242 : _T_255; // @[PositDivisionSqrt.scala 159:27]
  assign _T_256 = trialRem != 11'h0; // @[PositDivisionSqrt.scala 173:35]
  assign trIsZero = _T_256 == 1'h0; // @[PositDivisionSqrt.scala 173:25]
  assign _T_257 = rem != 11'h0; // @[PositDivisionSqrt.scala 174:30]
  assign remIsZero = _T_257 == 1'h0; // @[PositDivisionSqrt.scala 174:25]
  assign _T_259 = trialRem[10:10]; // @[PositDivisionSqrt.scala 176:64]
  assign _T_260 = _T_235 ^ _T_259; // @[PositDivisionSqrt.scala 176:49]
  assign _T_261 = ~ _T_260; // @[PositDivisionSqrt.scala 176:29]
  assign _T_262 = sigX_Z[10:10]; // @[PositDivisionSqrt.scala 178:61]
  assign _T_263 = ~ _T_262; // @[PositDivisionSqrt.scala 178:49]
  assign _T_265 = remIsZero ? _T_262 : _T_261; // @[Mux.scala 87:16]
  assign newBit = trIsZero ? _T_263 : _T_265; // @[Mux.scala 87:16]
  assign _T_266 = cycleNum > 4'h2; // @[PositDivisionSqrt.scala 183:41]
  assign _T_267 = remIsZero == 1'h0; // @[PositDivisionSqrt.scala 183:51]
  assign _T_268 = _T_266 & _T_267; // @[PositDivisionSqrt.scala 183:48]
  assign _T_269 = entering_normalCase | _T_268; // @[PositDivisionSqrt.scala 183:28]
  assign _T_272 = _T_207 & newBit; // @[PositDivisionSqrt.scala 187:39]
  assign _T_273 = entering_normalCase | _T_272; // @[PositDivisionSqrt.scala 187:28]
  assign _T_276 = {newBit, 10'h0}; // @[PositDivisionSqrt.scala 188:47]
  assign _T_277 = _T_210 ? _T_276 : 11'h0; // @[PositDivisionSqrt.scala 188:18]
  assign _T_279 = _T_212 ? 9'h100 : 9'h0; // @[PositDivisionSqrt.scala 189:18]
  assign _GEN_15 = {{2'd0}, _T_279}; // @[PositDivisionSqrt.scala 188:78]
  assign _T_280 = _T_277 | _GEN_15; // @[PositDivisionSqrt.scala 188:78]
  assign _GEN_16 = {{1'd0}, bitMask}; // @[PositDivisionSqrt.scala 190:47]
  assign _T_282 = sigX_Z | _GEN_16; // @[PositDivisionSqrt.scala 190:47]
  assign _T_283 = _T_207 ? _T_282 : 11'h0; // @[PositDivisionSqrt.scala 190:18]
  assign _T_284 = _T_280 | _T_283; // @[PositDivisionSqrt.scala 189:78]
  assign _T_286 = {_T_262, 1'h0}; // @[PositDivisionSqrt.scala 196:53]
  assign sigXBias = scaleNotChange ? _T_286 : {{1'd0}, _T_262}; // @[PositDivisionSqrt.scala 196:21]
  assign _GEN_17 = {{9'd0}, sigXBias}; // @[PositDivisionSqrt.scala 197:25]
  assign realSigX = sigX_Z + _GEN_17; // @[PositDivisionSqrt.scala 197:25]
  assign _T_289 = realSigX[7:4]; // @[PositDivisionSqrt.scala 200:97]
  assign _T_290 = realSigX[6:3]; // @[PositDivisionSqrt.scala 201:97]
  assign realFrac = scaleNotChange ? _T_289 : _T_290; // @[PositDivisionSqrt.scala 198:21]
  assign _T_291 = realSigX[10]; // @[PositDivisionSqrt.scala 205:33]
  assign _T_292 = realSigX[8]; // @[PositDivisionSqrt.scala 205:58]
  assign _T_293 = _T_291 ^ _T_292; // @[PositDivisionSqrt.scala 205:48]
  assign scaleNeedSub = ~ _T_293; // @[PositDivisionSqrt.scala 205:23]
  assign _T_295 = realSigX[7]; // @[PositDivisionSqrt.scala 206:56]
  assign notNeedSubTwo = _T_291 ^ _T_295; // @[PositDivisionSqrt.scala 206:46]
  assign scaleSubOne = scaleNeedSub & notNeedSubTwo; // @[PositDivisionSqrt.scala 207:36]
  assign _T_296 = ~ notNeedSubTwo; // @[PositDivisionSqrt.scala 208:38]
  assign scaleSubTwo = scaleNeedSub & _T_296; // @[PositDivisionSqrt.scala 208:36]
  assign _T_297 = {scaleSubTwo,scaleSubOne}; // @[Cat.scala 29:58]
  assign _T_298 = {1'b0,$signed(_T_297)}; // @[PositDivisionSqrt.scala 209:63]
  assign _GEN_18 = {{2{_T_298[2]}},_T_298}; // @[PositDivisionSqrt.scala 209:31]
  assign _T_300 = $signed(scale_Z) - $signed(_GEN_18); // @[PositDivisionSqrt.scala 209:31]
  assign realExp = $signed(_T_300); // @[PositDivisionSqrt.scala 209:31]
  assign underflow = $signed(realExp) < $signed(-5'sh6); // @[PositDivisionSqrt.scala 210:31]
  assign overflow = $signed(realExp) > $signed(5'sh5); // @[PositDivisionSqrt.scala 211:31]
  assign decQ_sign = realSigX[10:10]; // @[PositDivisionSqrt.scala 215:33]
  assign _T_302 = underflow ? $signed(-5'sh6) : $signed(realExp); // @[Mux.scala 87:16]
  assign _T_303 = overflow ? $signed(5'sh5) : $signed(_T_302); // @[Mux.scala 87:16]
  assign _T_304 = realSigX[3:1]; // @[PositDivisionSqrt.scala 224:48]
  assign _T_305 = realSigX[2:0]; // @[PositDivisionSqrt.scala 224:64]
  assign decQ_grs = scaleNotChange ? _T_304 : _T_305; // @[PositDivisionSqrt.scala 224:23]
  assign outValid = cycleNum == 4'h1; // @[PositDivisionSqrt.scala 229:28]
  assign _GEN_19 = _T_303[3:0]; // @[PositDivisionSqrt.scala 204:27 PositDivisionSqrt.scala 216:23]
  assign decQ_scale = $signed(_GEN_19); // @[PositDivisionSqrt.scala 204:27 PositDivisionSqrt.scala 216:23]
  assign _T_312 = decQ_scale[3:3]; // @[convert.scala 49:36]
  assign _T_314 = ~ decQ_scale; // @[convert.scala 50:36]
  assign _T_315 = $signed(_T_314); // @[convert.scala 50:36]
  assign _T_316 = _T_312 ? $signed(_T_315) : $signed(decQ_scale); // @[convert.scala 50:28]
  assign _T_317 = _T_312 ^ decQ_sign; // @[convert.scala 51:31]
  assign _T_318 = ~ _T_317; // @[convert.scala 53:34]
  assign _T_321 = {_T_318,_T_317,realFrac,decQ_grs}; // @[Cat.scala 29:58]
  assign _T_322 = $unsigned(_T_316); // @[Shift.scala 39:17]
  assign _T_323 = _T_322 < 4'h9; // @[Shift.scala 39:24]
  assign _T_325 = _T_321[8:8]; // @[Shift.scala 90:30]
  assign _T_326 = _T_321[7:0]; // @[Shift.scala 90:48]
  assign _T_327 = _T_326 != 8'h0; // @[Shift.scala 90:57]
  assign _T_328 = _T_325 | _T_327; // @[Shift.scala 90:39]
  assign _T_329 = _T_322[3]; // @[Shift.scala 12:21]
  assign _T_330 = _T_321[8]; // @[Shift.scala 12:21]
  assign _T_332 = _T_330 ? 8'hff : 8'h0; // @[Bitwise.scala 71:12]
  assign _T_333 = {_T_332,_T_328}; // @[Cat.scala 29:58]
  assign _T_334 = _T_329 ? _T_333 : _T_321; // @[Shift.scala 91:22]
  assign _T_335 = _T_322[2:0]; // @[Shift.scala 92:77]
  assign _T_336 = _T_334[8:4]; // @[Shift.scala 90:30]
  assign _T_337 = _T_334[3:0]; // @[Shift.scala 90:48]
  assign _T_338 = _T_337 != 4'h0; // @[Shift.scala 90:57]
  assign _GEN_20 = {{4'd0}, _T_338}; // @[Shift.scala 90:39]
  assign _T_339 = _T_336 | _GEN_20; // @[Shift.scala 90:39]
  assign _T_340 = _T_335[2]; // @[Shift.scala 12:21]
  assign _T_341 = _T_334[8]; // @[Shift.scala 12:21]
  assign _T_343 = _T_341 ? 4'hf : 4'h0; // @[Bitwise.scala 71:12]
  assign _T_344 = {_T_343,_T_339}; // @[Cat.scala 29:58]
  assign _T_345 = _T_340 ? _T_344 : _T_334; // @[Shift.scala 91:22]
  assign _T_346 = _T_335[1:0]; // @[Shift.scala 92:77]
  assign _T_347 = _T_345[8:2]; // @[Shift.scala 90:30]
  assign _T_348 = _T_345[1:0]; // @[Shift.scala 90:48]
  assign _T_349 = _T_348 != 2'h0; // @[Shift.scala 90:57]
  assign _GEN_21 = {{6'd0}, _T_349}; // @[Shift.scala 90:39]
  assign _T_350 = _T_347 | _GEN_21; // @[Shift.scala 90:39]
  assign _T_351 = _T_346[1]; // @[Shift.scala 12:21]
  assign _T_352 = _T_345[8]; // @[Shift.scala 12:21]
  assign _T_354 = _T_352 ? 2'h3 : 2'h0; // @[Bitwise.scala 71:12]
  assign _T_355 = {_T_354,_T_350}; // @[Cat.scala 29:58]
  assign _T_356 = _T_351 ? _T_355 : _T_345; // @[Shift.scala 91:22]
  assign _T_357 = _T_346[0:0]; // @[Shift.scala 92:77]
  assign _T_358 = _T_356[8:1]; // @[Shift.scala 90:30]
  assign _T_359 = _T_356[0:0]; // @[Shift.scala 90:48]
  assign _GEN_22 = {{7'd0}, _T_359}; // @[Shift.scala 90:39]
  assign _T_361 = _T_358 | _GEN_22; // @[Shift.scala 90:39]
  assign _T_363 = _T_356[8]; // @[Shift.scala 12:21]
  assign _T_364 = {_T_363,_T_361}; // @[Cat.scala 29:58]
  assign _T_365 = _T_357 ? _T_364 : _T_356; // @[Shift.scala 91:22]
  assign _T_368 = _T_330 ? 9'h1ff : 9'h0; // @[Bitwise.scala 71:12]
  assign _T_369 = _T_323 ? _T_365 : _T_368; // @[Shift.scala 39:10]
  assign _T_370 = _T_369[3]; // @[convert.scala 55:31]
  assign _T_371 = _T_369[2]; // @[convert.scala 56:31]
  assign _T_372 = _T_369[1]; // @[convert.scala 57:31]
  assign _T_373 = _T_369[0]; // @[convert.scala 58:31]
  assign _T_374 = _T_369[8:3]; // @[convert.scala 59:69]
  assign _T_375 = _T_374 != 6'h0; // @[convert.scala 59:81]
  assign _T_376 = ~ _T_375; // @[convert.scala 59:50]
  assign _T_378 = _T_374 == 6'h3f; // @[convert.scala 60:81]
  assign _T_379 = _T_370 | _T_372; // @[convert.scala 61:44]
  assign _T_380 = _T_379 | _T_373; // @[convert.scala 61:52]
  assign _T_381 = _T_371 & _T_380; // @[convert.scala 61:36]
  assign _T_382 = ~ _T_378; // @[convert.scala 62:63]
  assign _T_383 = _T_382 & _T_381; // @[convert.scala 62:103]
  assign _T_384 = _T_376 | _T_383; // @[convert.scala 62:60]
  assign _GEN_23 = {{5'd0}, _T_384}; // @[convert.scala 63:56]
  assign _T_387 = _T_374 + _GEN_23; // @[convert.scala 63:56]
  assign _T_388 = {decQ_sign,_T_387}; // @[Cat.scala 29:58]
  assign _T_390 = isZero_Z ? 7'h0 : _T_388; // @[Mux.scala 87:16]
  assign io_inReady = cycleNum <= 4'h1; // @[PositDivisionSqrt.scala 231:17]
  assign io_diviValid = outValid & _T_216; // @[PositDivisionSqrt.scala 232:17]
  assign io_sqrtValid = outValid & sqrtOp_Z; // @[PositDivisionSqrt.scala 233:17]
  assign io_invalidExc = isNaR_Z; // @[PositDivisionSqrt.scala 234:17]
  assign io_Q = isNaR_Z ? 7'h40 : _T_390; // @[PositDivisionSqrt.scala 235:17]
`ifdef RANDOMIZE_GARBAGE_ASSIGN
`define RANDOMIZE
`endif
`ifdef RANDOMIZE_INVALID_ASSIGN
`define RANDOMIZE
`endif
`ifdef RANDOMIZE_REG_INIT
`define RANDOMIZE
`endif
`ifdef RANDOMIZE_MEM_INIT
`define RANDOMIZE
`endif
`ifndef RANDOM
`define RANDOM $random
`endif
`ifdef RANDOMIZE_MEM_INIT
  integer initvar;
`endif
initial begin
  `ifdef RANDOMIZE
    `ifdef INIT_RANDOM
      `INIT_RANDOM
    `endif
    `ifndef VERILATOR
      `ifdef RANDOMIZE_DELAY
        #`RANDOMIZE_DELAY begin end
      `else
        #0.002 begin end
      `endif
    `endif
  `ifdef RANDOMIZE_REG_INIT
  _RAND_0 = {1{`RANDOM}};
  cycleNum = _RAND_0[3:0];
  `endif // RANDOMIZE_REG_INIT
  `ifdef RANDOMIZE_REG_INIT
  _RAND_1 = {1{`RANDOM}};
  sqrtOp_Z = _RAND_1[0:0];
  `endif // RANDOMIZE_REG_INIT
  `ifdef RANDOMIZE_REG_INIT
  _RAND_2 = {1{`RANDOM}};
  isNaR_Z = _RAND_2[0:0];
  `endif // RANDOMIZE_REG_INIT
  `ifdef RANDOMIZE_REG_INIT
  _RAND_3 = {1{`RANDOM}};
  isZero_Z = _RAND_3[0:0];
  `endif // RANDOMIZE_REG_INIT
  `ifdef RANDOMIZE_REG_INIT
  _RAND_4 = {1{`RANDOM}};
  scale_Z = _RAND_4[4:0];
  `endif // RANDOMIZE_REG_INIT
  `ifdef RANDOMIZE_REG_INIT
  _RAND_5 = {1{`RANDOM}};
  signB_Z = _RAND_5[0:0];
  `endif // RANDOMIZE_REG_INIT
  `ifdef RANDOMIZE_REG_INIT
  _RAND_6 = {1{`RANDOM}};
  fractB_Z = _RAND_6[3:0];
  `endif // RANDOMIZE_REG_INIT
  `ifdef RANDOMIZE_REG_INIT
  _RAND_7 = {1{`RANDOM}};
  rem_Z = _RAND_7[10:0];
  `endif // RANDOMIZE_REG_INIT
  `ifdef RANDOMIZE_REG_INIT
  _RAND_8 = {1{`RANDOM}};
  sigX_Z = _RAND_8[10:0];
  `endif // RANDOMIZE_REG_INIT
  `endif // RANDOMIZE
end
  always @(posedge clock) begin
    if (reset) begin
      cycleNum <= 4'h0;
    end else begin
      if (_T_175) begin
        cycleNum <= _T_192;
      end
    end
    if (entering) begin
      sqrtOp_Z <= io_sqrtOp;
    end
    if (entering) begin
      if (io_sqrtOp) begin
        isNaR_Z <= _T_159;
      end else begin
        isNaR_Z <= _T_161;
      end
    end
    if (entering) begin
      if (io_sqrtOp) begin
        isZero_Z <= decA_isZero;
      end else begin
        isZero_Z <= _T_165;
      end
    end
    if (entering_normalCase) begin
      if (io_sqrtOp) begin
        scale_Z <= {{2{_T_193[2]}},_T_193};
      end else begin
        scale_Z <= sExpQuot_S_div;
      end
    end
    if (_T_196) begin
      signB_Z <= _T_76;
    end
    if (_T_196) begin
      if (_T_117) begin
        if (_T_124) begin
          fractB_Z <= _T_127;
        end else begin
          if (_T_119) begin
            fractB_Z <= _T_122;
          end else begin
            fractB_Z <= _T_116;
          end
        end
      end else begin
        fractB_Z <= 4'h0;
      end
    end
    if (_T_269) begin
      if (ready) begin
        if (_T_236) begin
          rem_Z <= _T_239;
        end else begin
          rem_Z <= _T_241;
        end
      end else begin
        if (_T_236) begin
          rem_Z <= _T_250;
        end else begin
          rem_Z <= _T_254;
        end
      end
    end
    if (_T_273) begin
      sigX_Z <= _T_284;
    end
  end
endmodule